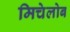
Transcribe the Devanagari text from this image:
मिचेलोब